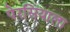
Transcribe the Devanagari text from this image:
पेरसियाला